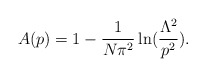
\begin{align*}A(p)=1 -\frac{1}{N\pi^2}\ln (\frac{\Lambda^2}{p^2}).\end{align*}